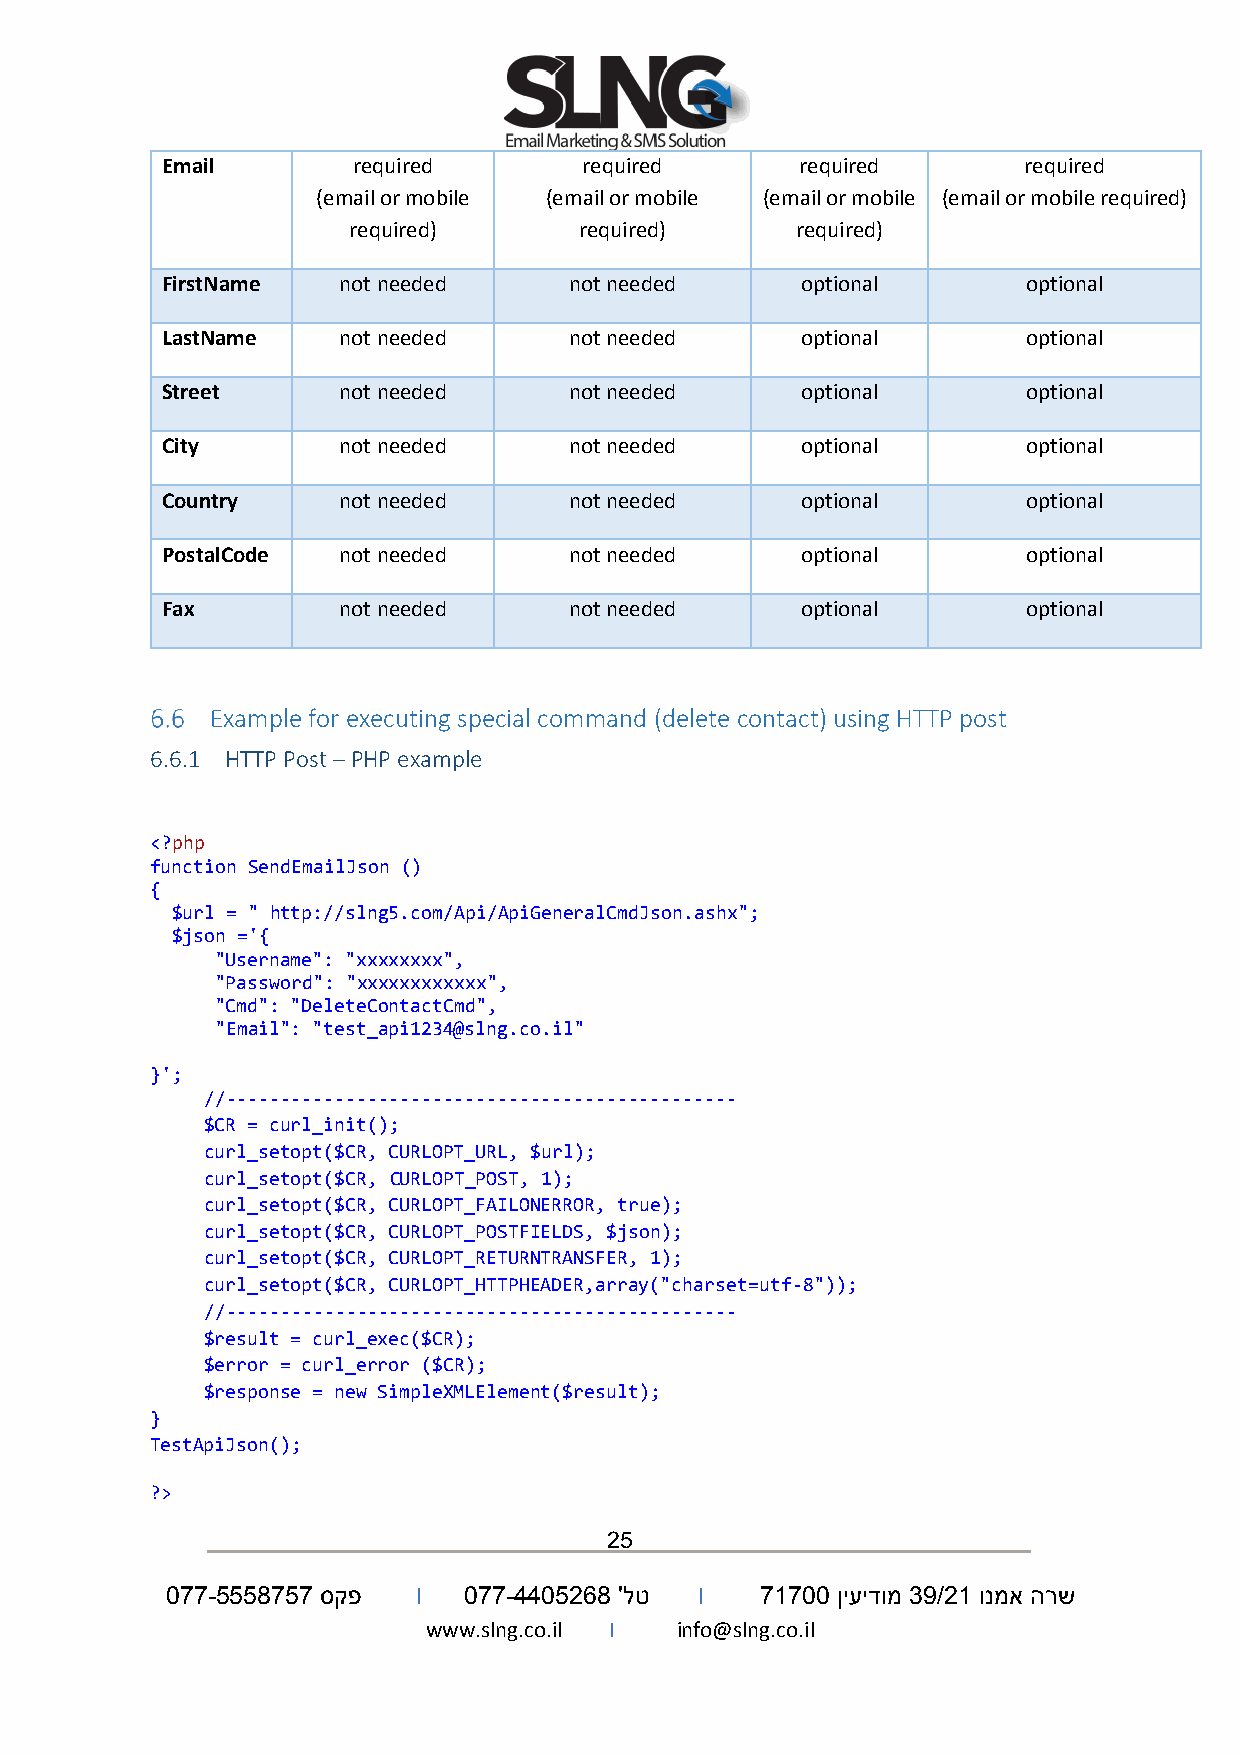
Email       required        required      required       required
 (email or mobile (email or mobile (email or mobile (email or mobile required)
 required)      required)      required)
 FirstName  not needed      not needed     optional       optional
 LastName   not needed      not needed     optional       optional
 Street     not needed      not needed     optional       optional
 City       not needed      not needed     optional       optional
 Country    not needed      not needed     optional       optional
 PostalCode not needed      not needed     optional       optional
 Fax        not needed      not needed     optional       optional
 Example for executing special command (delete contact) using HTTP post
 6.6.1 HTTP Post – PHP example
 <?php
 function SendEmailJson ()
 {
 $url = " http://slng5.com/Api/ApiGeneralCmdJson.ashx";
 $json ='{
 "Username": "xxxxxxxx",
 "Password": "xxxxxxxxxxxx",
 "Cmd": "DeleteContactCmd",
 "Email": "test_api1234@slng.co.il"
 }';
 //-----------------------------------------------
 $CR = curl_init();
 curl_setopt($CR, CURLOPT_URL, $url);
 curl_setopt($CR, CURLOPT_POST, 1);
 curl_setopt($CR, CURLOPT_FAILONERROR, true);
 curl_setopt($CR, CURLOPT_POSTFIELDS, $json);
 curl_setopt($CR, CURLOPT_RETURNTRANSFER, 1);
 curl_setopt($CR, CURLOPT_HTTPHEADER,array("charset=utf-8"));
 //-----------------------------------------------
 $result = curl_exec($CR);
 $error = curl_error ($CR);
 $response = new SimpleXMLElement($result);
 }
 TestApiJson();
 ?>
 25
 077-5558757 סקפ  I  077-4405268 'לט I  71700 ןיעידומ 39/21 ונמא הרש
 www.slng.co.il I info@slng.co.il